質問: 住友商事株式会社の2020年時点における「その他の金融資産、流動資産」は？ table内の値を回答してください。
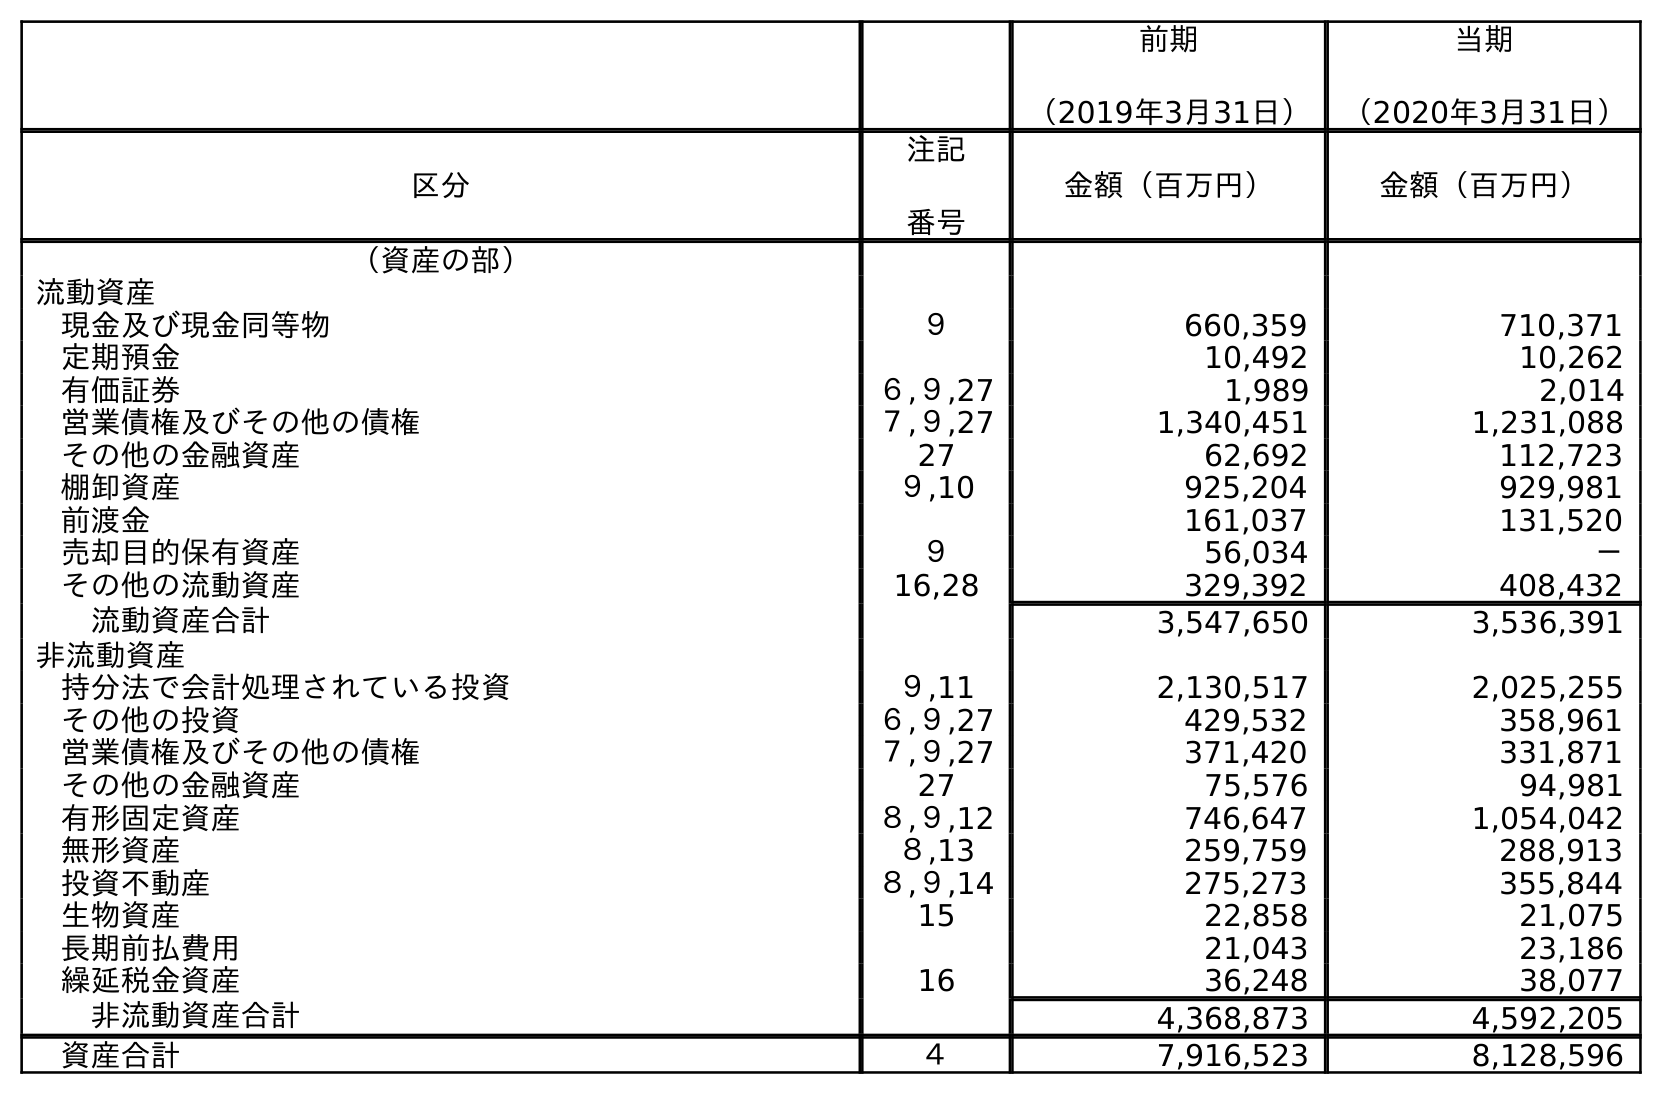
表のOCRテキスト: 前期 （2019年3月31日） 当期 （2020年3月31日） 区分 注記 番号 金額（百万円） 金額（百万円） （資産の部） 流動資産 現金及び現金同等物 ９ 660,359 710,371 定期預金 10,492 10,262 有価証券 ６,９,27 1,989 2,014 営業債権及びその他の債権 ７,９,27 1,340,451 1,231,088 その他の金融資産 27 62,692 112,723 棚卸資産 ９,10 925,204 929,981 前渡金 161,037 131,520 売却目的保有資産 ９ 56,034 － その他の流動資産 16,28 329,392 408,432 流動資産合計 3,547,650 3,536,391 非流動資産 持分法で会計処理されている投資 ９,11 2,130,517 2,025,255 その他の投資 ６,９,27 429,532 358,961 営業債権及びその他の債権 ７,９,27 371,420 331,871 その他の金融資産 27 75,576 94,981 有形固定資産 ８,９,12 746,647 1,054,042 無形資産 ８,13 259,759 288,913 投資不動産 ８,９,14 275,273 355,844 生物資産 15 22,858 21,075 長期前払費用 21,043 23,186 繰延税金資産 16 36,248 38,077 非流動資産合計 4,368,873 4,592,205 資産合計 ４ 7,916,523 8,128,596
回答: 112,723